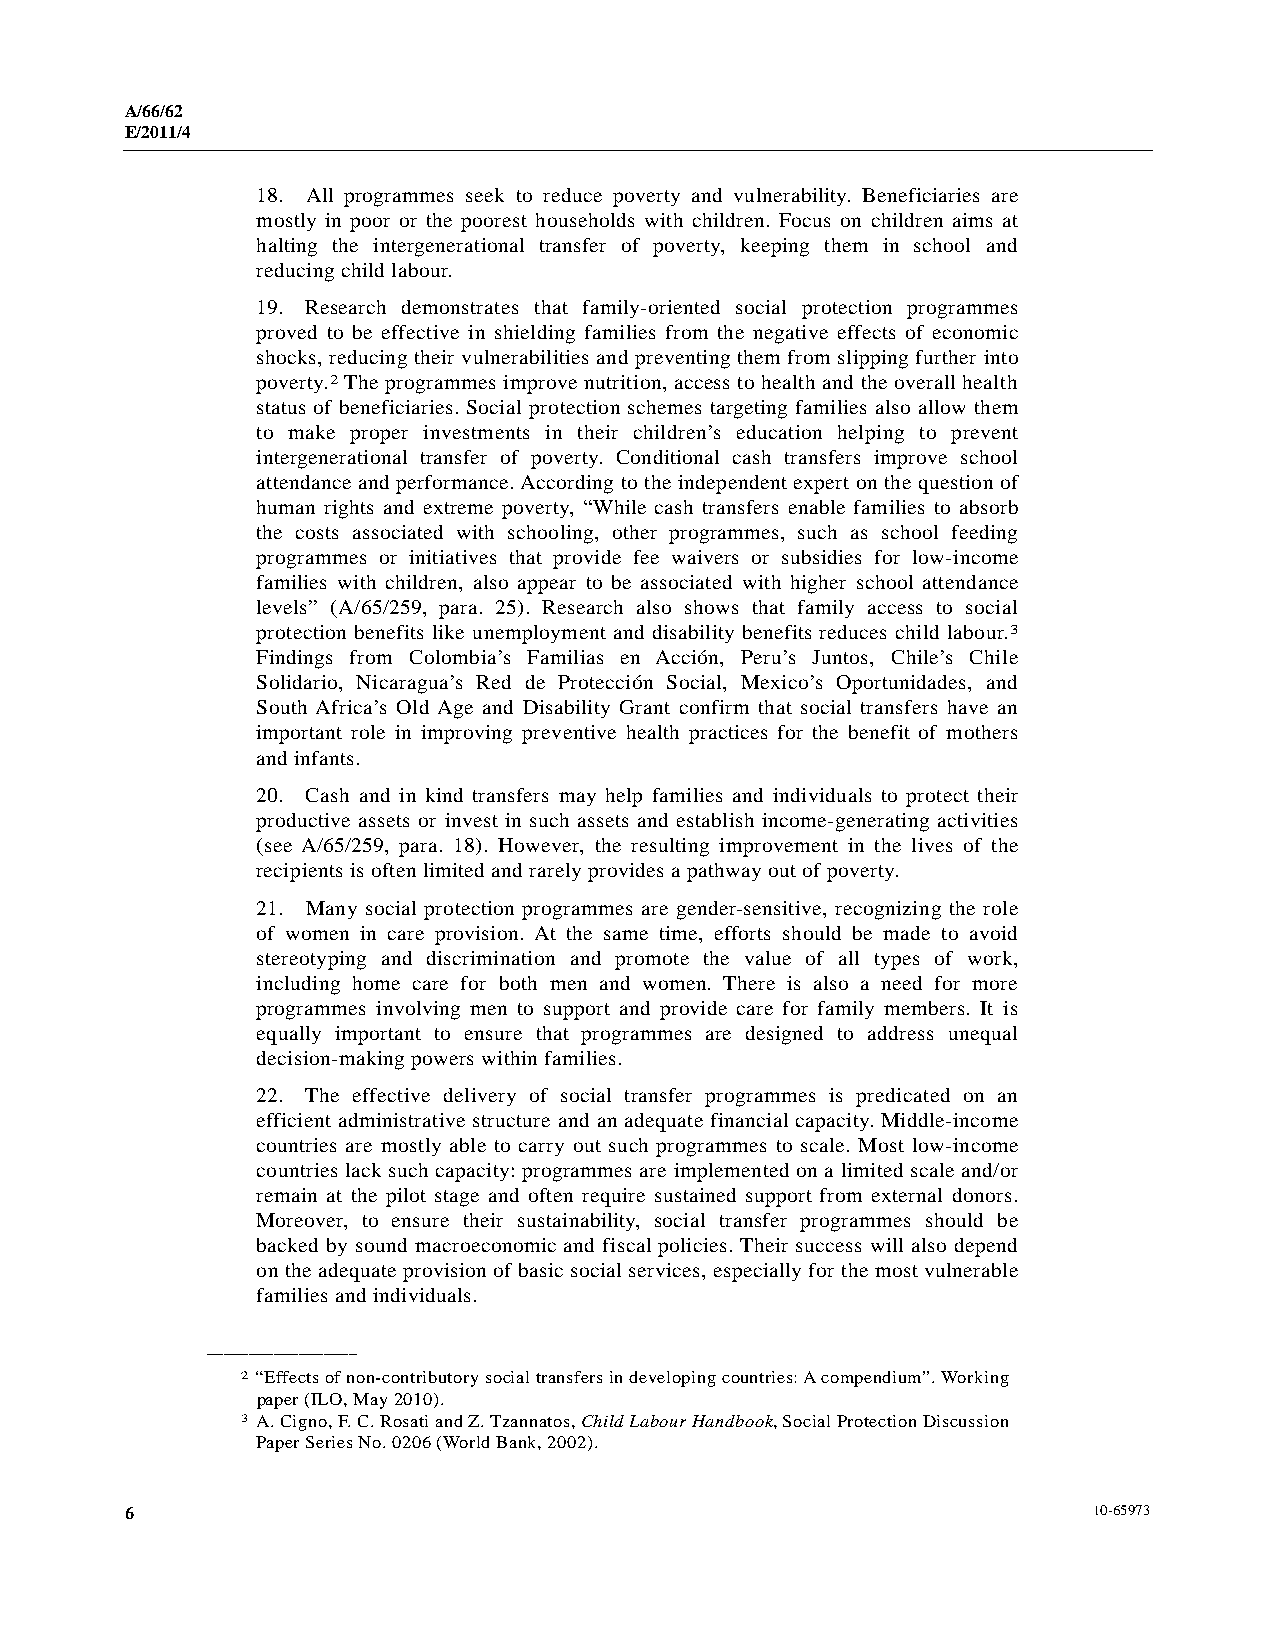
A/66/62
 E/2011/4
 18. All programmes seek to reduce poverty and vulnerability. Beneficiaries are
 mostly in poor or the poorest households with children. Focus on children aims at
 halting the intergenerational transfer of poverty, keeping them in school and
 reducing child labour.
 19. Research demonstrates that family-oriented social protection programmes
 proved to be effective in shielding families from the negative effects of economic
 shocks, reducing their vulnerabilities and preventing them from slipping further into
 poverty.2 The programmes improve nutrition, access to health and the overall health
 status of beneficiaries. Social protection schemes targeting families also allow them
 to make proper investments in their children’s education helping to prevent
 intergenerational transfer of poverty. Conditional cash transfers improve school
 attendance and performance. According to the independent expert on the question of
 human rights and extreme poverty, “While cash transfers enable families to absorb
 the costs associated with schooling, other programmes, such as school feeding
 programmes or initiatives that provide fee waivers or subsidies for low-income
 families with children, also appear to be associated with higher school attendance
 levels” (A/65/259, para. 25). Research also shows that family access to social
 protection benefits like unemployment and disability benefits reduces child labour.3
 Findings from Colombia’s Familias en Acción, Peru’s Juntos, Chile’s Chile
 Solidario, Nicaragua’s Red de Protección Social, Mexico’s Oportunidades, and
 South Africa’s Old Age and Disability Grant confirm that social transfers have an
 important role in improving preventive health practices for the benefit of mothers
 and infants.
 20. Cash and in kind transfers may help families and individuals to protect their
 productive assets or invest in such assets and establish income-generating activities
 (see A/65/259, para. 18). However, the resulting improvement in the lives of the
 recipients is often limited and rarely provides a pathway out of poverty.
 21. Many social protection programmes are gender-sensitive, recognizing the role
 of women in care provision. At the same time, efforts should be made to avoid
 stereotyping and discrimination and promote the value of all types of work,
 including home care for both men and women. There is also a need for more
 programmes involving men to support and provide care for family members. It is
 equally important to ensure that programmes are designed to address unequal
 decision-making powers within families.
 22. The effective delivery of social transfer programmes is predicated on an
 efficient administrative structure and an adequate financial capacity. Middle-income
 countries are mostly able to carry out such programmes to scale. Most low-income
 countries lack such capacity: programmes are implemented on a limited scale and/or
 remain at the pilot stage and often require sustained support from external donors.
 Moreover, to ensure their sustainability, social transfer programmes should be
 backed by sound macroeconomic and fiscal policies. Their success will also depend
 on the adequate provision of basic social services, especially for the most vulnerable
 families and individuals.
 __________________
 2 “Effects of non-contributory social transfers in developing countries: A compendium”. Working
 paper (ILO, May 2010).
 3 A. Cigno, F. C. Rosati and Z. Tzannatos, Child Labour Handbook, Social Protection Discussion
 Paper Series No. 0206 (World Bank, 2002).
 6                                                               10-65973